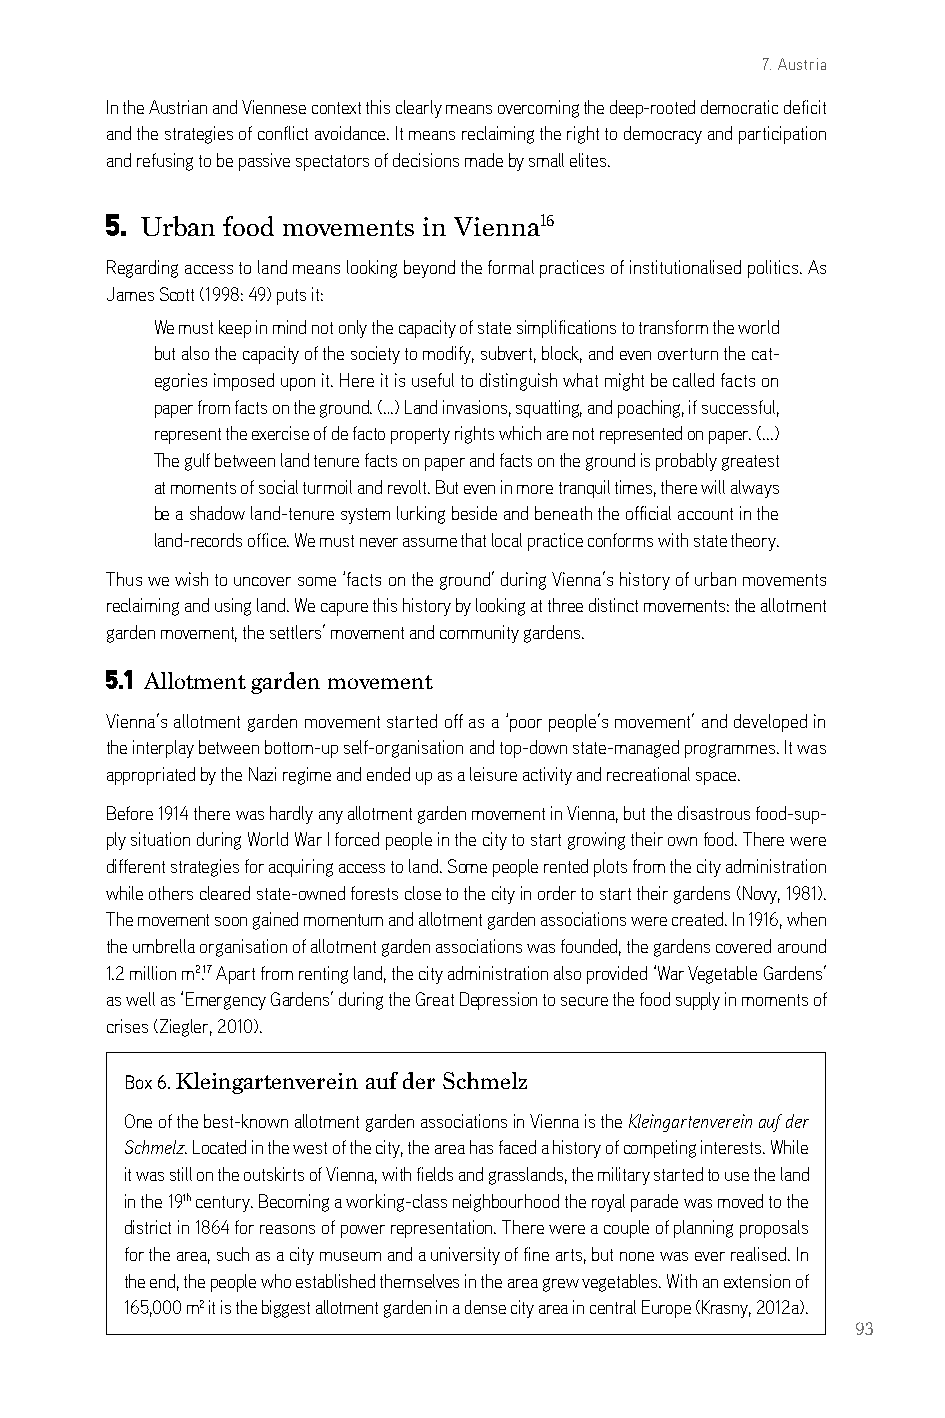
7. Austria
 in the austrian and Viennese context this clearly means overcoming the deep-rooted democratic deficit
 and the strategies of conflict avoidance. it means reclaiming the right to democracy and participation
 and refusing to be passive spectators of decisions made by small elites.
 5. Urban food movements in Vienna16
 regarding access to land means looking beyond the formal practices of institutionalised politics. as
 James scott (1998: 49) puts it:
 We must keep in mind not only the capacity of state simplifications to transform the world
 but also the capacity of the society to modify, subvert, block, and even overturn the cat-
 egories imposed upon it. Here it is useful to distinguish what might be called facts on
 paper from facts on the ground. (…) land invasions, squatting, and poaching, if successful,
 represent the exercise of de facto property rights which are not represented on paper. (...)
 The gulf between land tenure facts on paper and facts on the ground is probably greatest
 at moments of social turmoil and revolt. but even in more tranquil times, there will always
 be a shadow land-tenure system lurking beside and beneath the official account in the
 land-records office. We must never assume that local practice conforms with state theory.
 Thus we wish to uncover some ‘facts on the ground’ during Vienna’s history of urban movements
 reclaiming and using land. We capure this history by looking at three distinct movements: the allotment
 garden movement, the settlers’ movement and community gardens.
 5.1 Allotment garden movement
 Vienna’s allotment garden movement started off as a ‘poor people’s movement’ and developed in
 the interplay between bottom-up self-organisation and top-down state-managed programmes. it was
 appropriated by the nazi regime and ended up as a leisure activity and recreational space.
 before 1914 there was hardly any allotment garden movement in Vienna, but the disastrous food-sup-
 ply situation during World War i forced people in the city to start growing their own food. There were
 different strategies for acquiring access to land. some people rented plots from the city administration
 while others cleared state-owned forests close to the city in order to start their gardens (novy, 1981).
 The movement soon gained momentum and allotment garden associations were created. in 1916, when
 the umbrella organisation of allotment garden associations was founded, the gardens covered around
 1.2 million m2.17 apart from renting land, the city administration also provided ‘War Vegetable gardens’
 as well as ‘emergency gardens’ during the great depression to secure the food supply in moments of
 crises (Ziegler, 2010).
 Box 6. Kleingartenverein auf der Schmelz
 one of the best-known allotment garden associations in Vienna is the Kleingartenverein auf der
 Schmelz. located in the west of the city, the area has faced a history of competing interests. While
 it was still on the outskirts of Vienna, with fields and grasslands, the military started to use the land
 in the 19th century. becoming a working-class neighbourhood the royal parade was moved to the
 district in 1864 for reasons of power representation. There were a couple of planning proposals
 for the area, such as a city museum and a university of fine arts, but none was ever realised. in
 the end, the people who established themselves in the area grew vegetables. With an extension of
 165,000 m2 it is the biggest allotment garden in a dense city area in central europe (krasny, 2012a).
 93